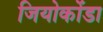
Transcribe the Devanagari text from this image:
जियोकोंडा